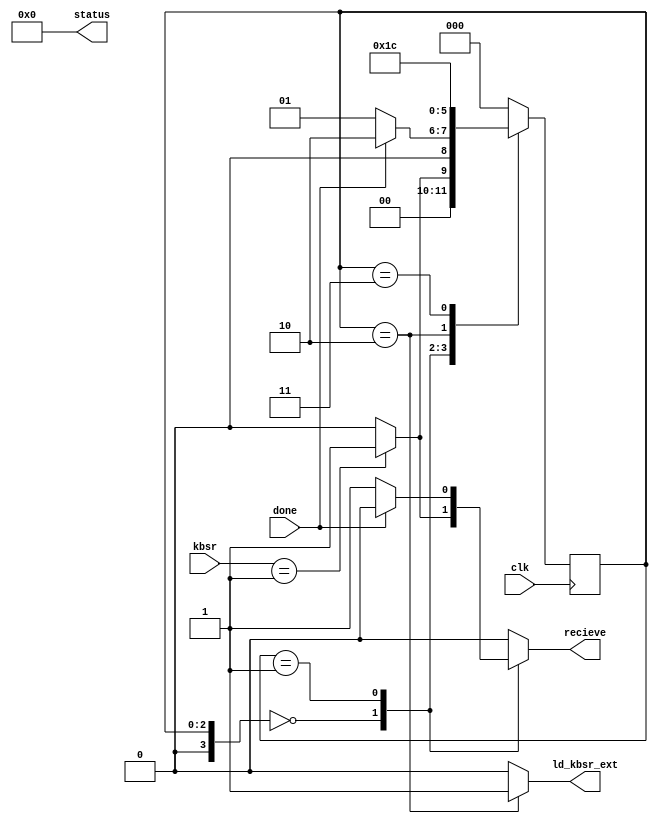
module INPUT (input clk,
              input [15:0] kbsr,
              input done,
              output reg recieve = 0,
              output reg [15:0] status = 16'h0000,
              output reg ld_kbsr_ext = 0);
    
    reg [3:0] cstate = 0;
    reg [3:0] nstate = 0;
    
    always@(*)
        begin
            recieve = 0;
            ld_kbsr_ext = 0;
            nstate = 0;
            case(cstate)
            0:
                if(kbsr == 1) begin recieve = 1; nstate = 1; end
                else nstate = 0;
            1:
                if(!done) begin recieve = 1; nstate = 1; end
                else nstate = 2;
            2:
                begin ld_kbsr_ext = 1; nstate = 3; end
            3:
                begin ld_kbsr_ext = 0; nstate = 4; end
            4:
                nstate = 0;
                  
            endcase
        end
        
    always@(posedge clk)
        begin
            cstate <= nstate;
        end
    
endmodule